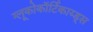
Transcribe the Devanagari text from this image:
ग्लूकोकॉर्टिकाय्ड्स